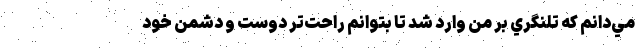
مي‌دانم كه تلنگري بر من وارد شد تا بتوانم راحت‌تر دوست و دشمن خود